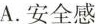
A.安全感